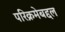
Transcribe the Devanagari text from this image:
परिक्रमेबद्दल